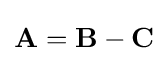
\mathbf {A} =\mathbf {B} -\mathbf {C}